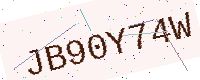
Text: JB90Y74W